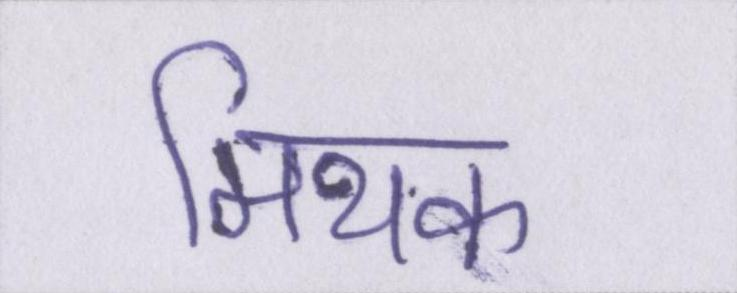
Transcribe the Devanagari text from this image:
मिथक